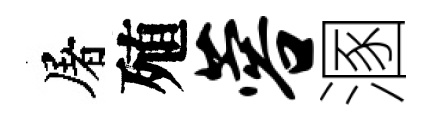
屠殖蓉溷